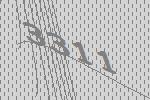
3311